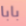
بابا